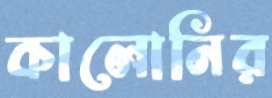
কালোনির